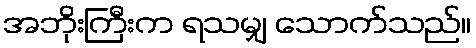
အဘိုးကြီးက ရသမျှ သောက်သည်။